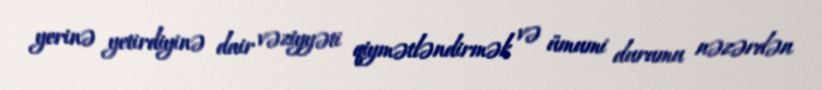
yerinə yetirdiyinə dair vəziyyəti qiymətləndirmək və ümumi durumu nəzərdən